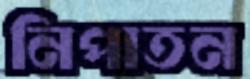
নিপাতন